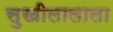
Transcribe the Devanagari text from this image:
सुखीलालाला